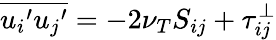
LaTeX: \overline{{{u_{i}}^{\prime}{u_{j}}^{\prime}}}=-2\nu_{T}S_{ij}+\tau_{ij}^{\perp}